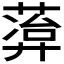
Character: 𬝭